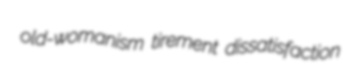
old-womanism tirement dissatisfaction